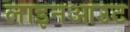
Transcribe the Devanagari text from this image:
लाइनआउट